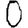
Digit: 0